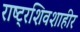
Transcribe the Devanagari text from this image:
राष्ट्रशिवशाहीर